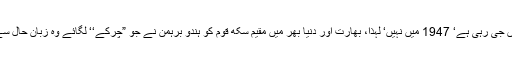
سِکھوں کی نئی نسل 2019 میں جی رہی ہے‘ 1947 میں نہیں‘ لہٰذا، بھارت اور دنیا بھر میں مقیم سِکھ قوم کو ہندو برہمن نے جو ”چرکے‘‘ لگائے وہ زبانِ حال سے سِکھوں کا قیل و قال بن گئے۔